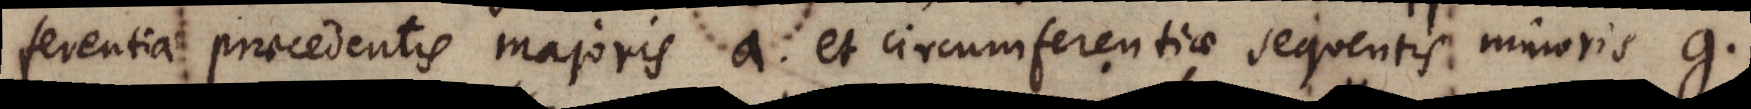
ferentiae praecedentis majoris a et circumferentiae sequentis minoris g